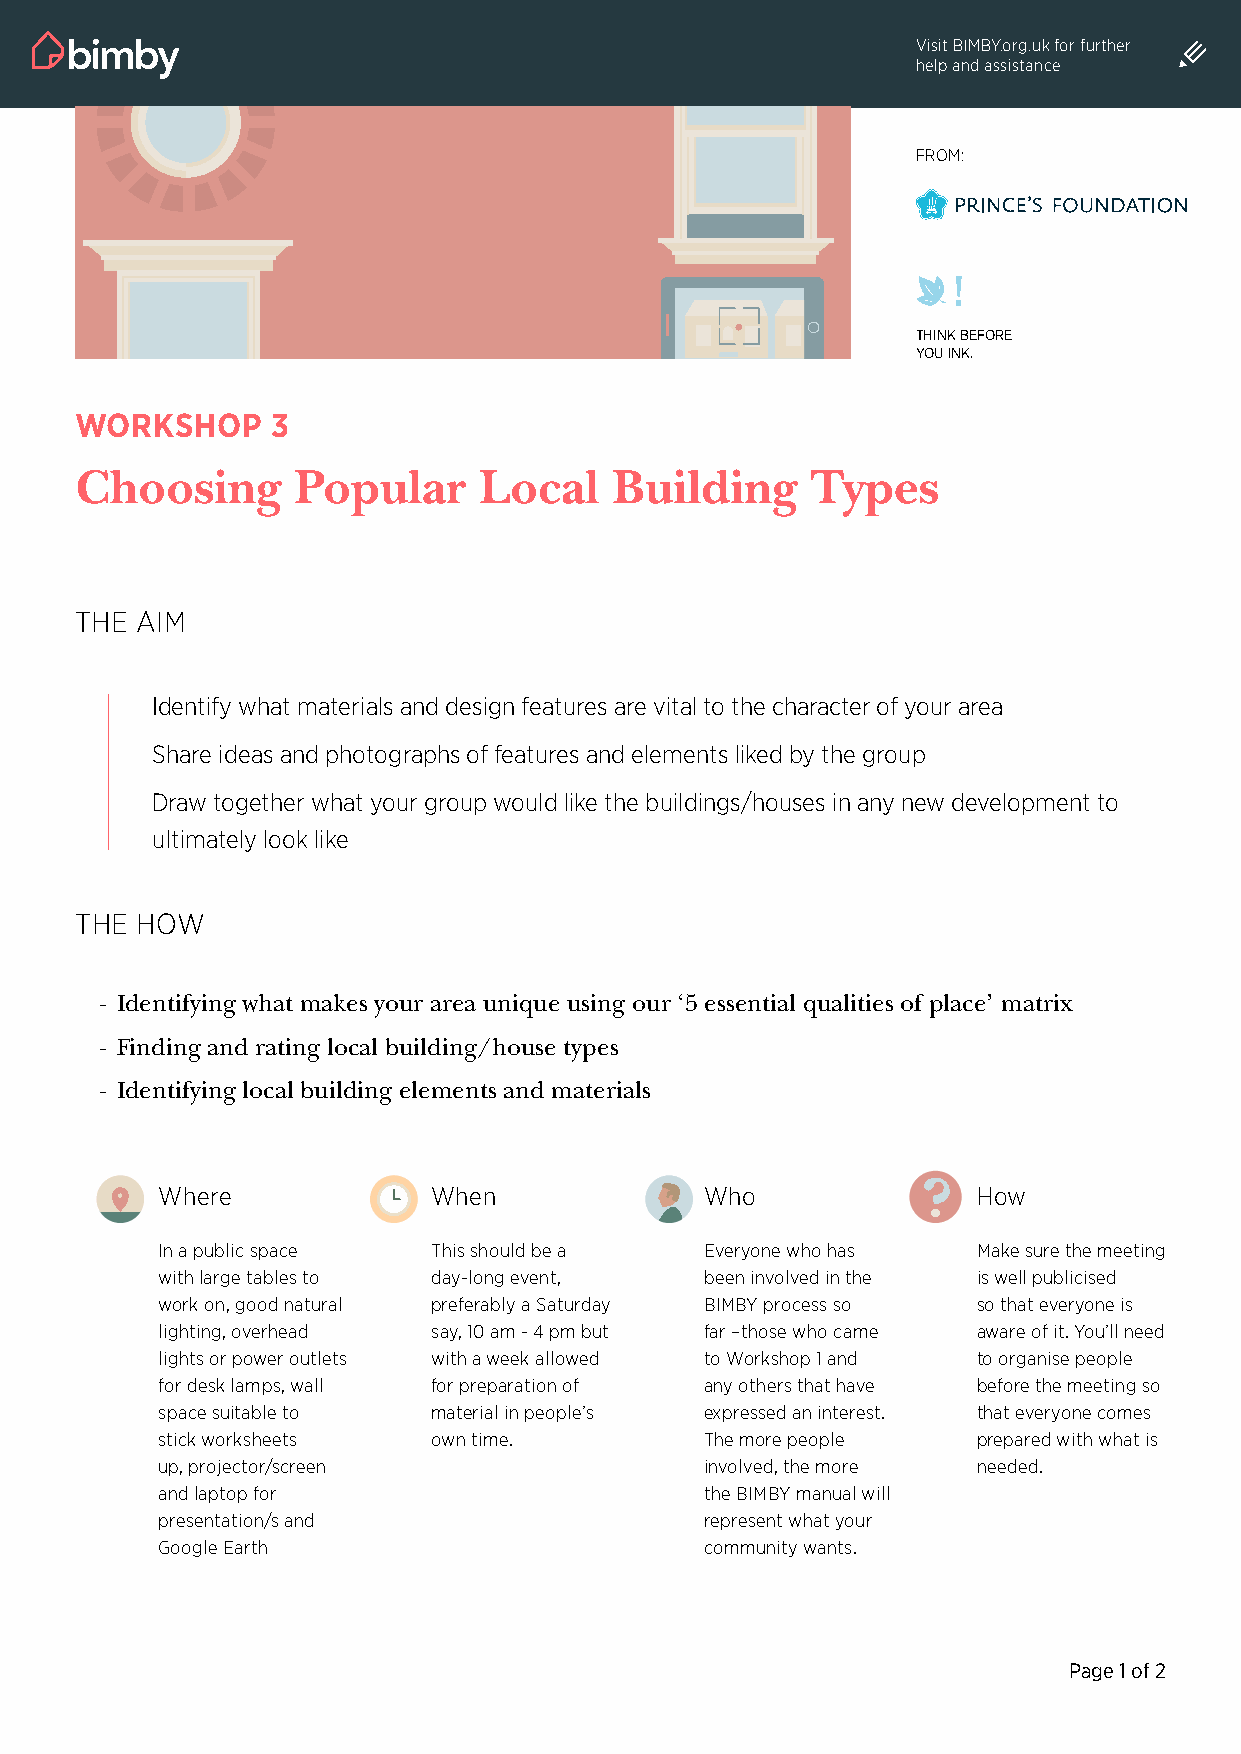
Visit BimBY.org.uk for further
 help and assistance
 FRom:
 Think before
 YoU ink.
 workshop     3
 Choosing      Popular      Local    Building     Types
 the aim
 identify what materials and design features are vital to the character of your area
 Share ideas and photographs of features and elements liked by the group
 Draw together what your group would like the buildings/houses in any new development to
 ultimately look like
 the how
 - Identifying what makes your area unique using our ‘5 essential qualities of place’ matrix
 - Finding and rating local building/house types
 - Identifying local building elements and materials
 where              when              who               how
 in a public space  this should be a  everyone who has  make sure the meeting
 with large tables to day-long event, been involved in the is well publicised
 work on, good natural preferably a Saturday BimBY process so so that everyone is
 lighting, overhead say, 10 am - 4 pm but far –those who came aware of it. You’ll need
 lights or power outlets with a week allowed to workshop 1 and to organise people
 for desk lamps, wall for preparation of any others that have before the meeting so
 space suitable to  material in people’s expressed an interest. that everyone comes
 stick worksheets   own time.         the more people   prepared with what is
 up, projector/screen                 involved, the more needed.
 and laptop for                       the BimBY manual will
 presentation/s and                   represent what your
 Google earth                         community wants.
 Page 1 of 2